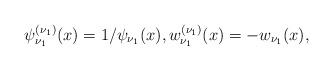
LaTeX: \begin{gather*} \psi _{\nu _{1}}^{( \nu _{1}) }(x)=1/\psi _{\nu _{1}}(x), w_{\nu _{1}}^{( \nu _{1}) }(x)=-w_{\nu _{1}}(x),\end{gather*}